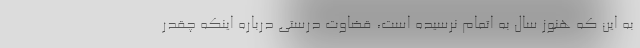
به این که هنوز سال به اتمام نرسیده است، قضاوت درستی درباره اینکه چقدر